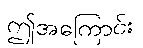
ဤအကြောင်း